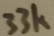
Text: 33K